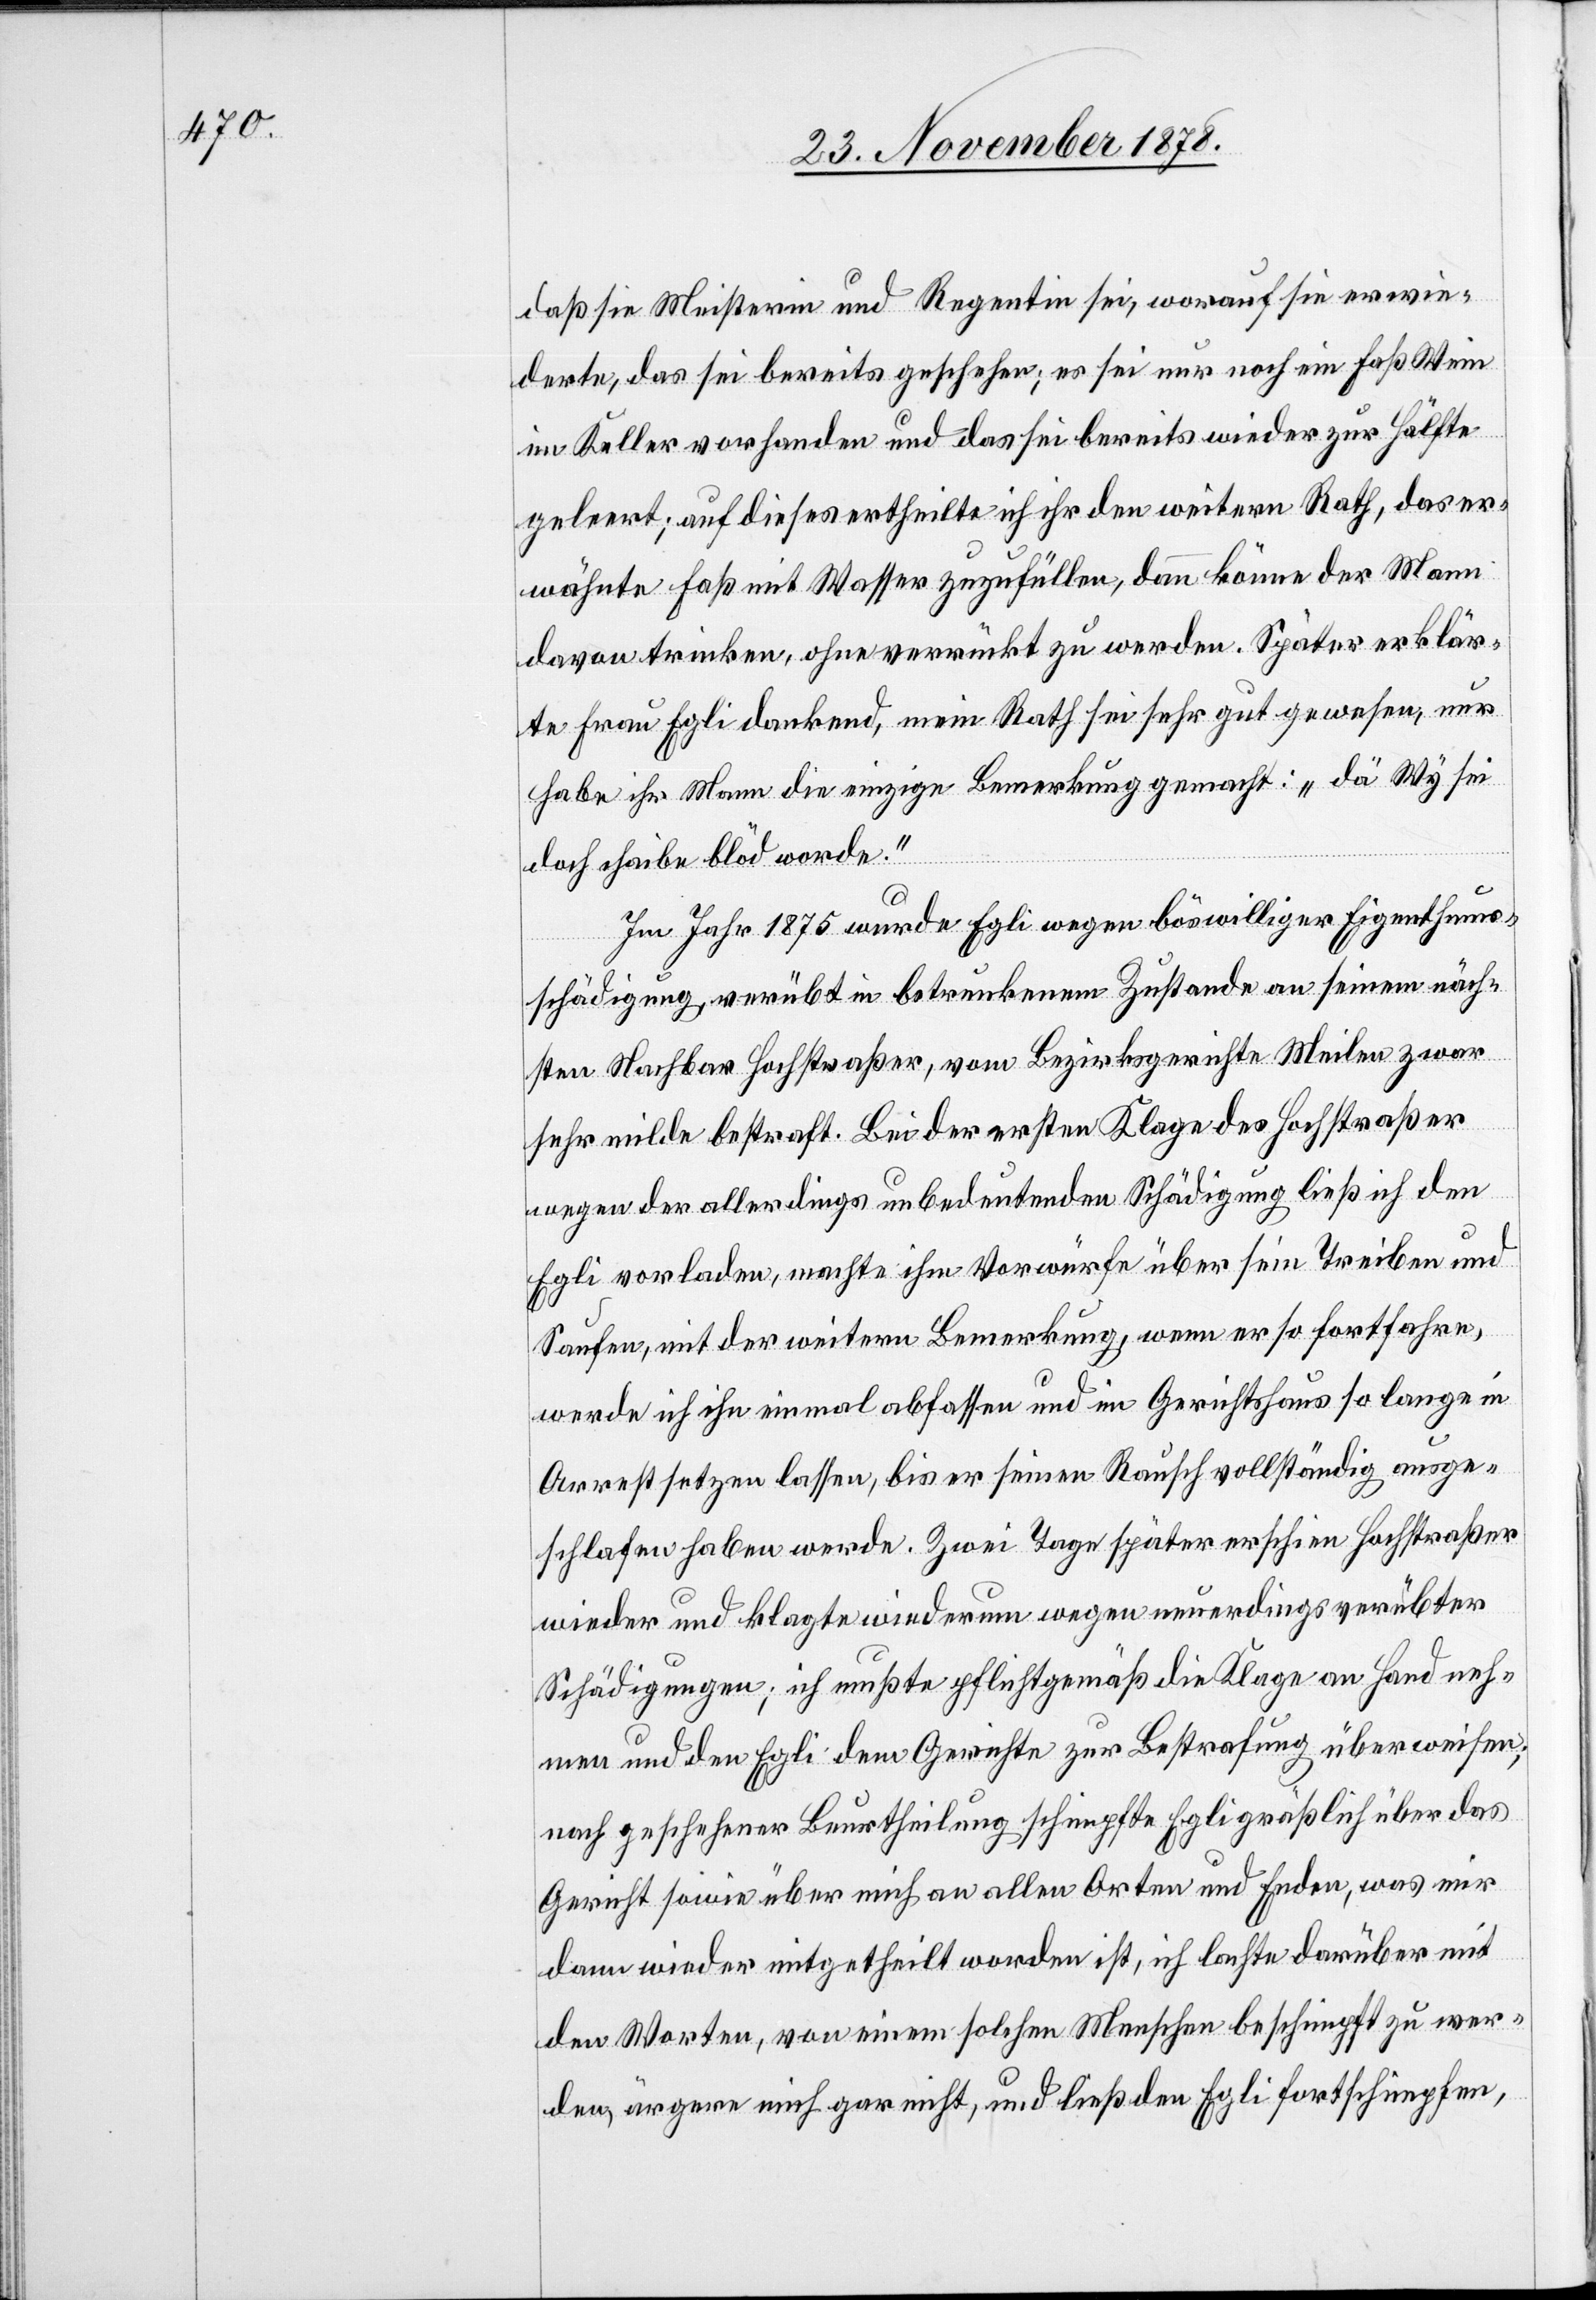
daß sie Meisterin und Regentin sei, worauf sie erwie¬
derte, das sei bereits geschehen; es sei nur noch ein Faß Wein
im Keller vorhanden und das sei bereits wieder zur Hälfte
geleert; auf dieses ertheilte ich ihr den weitern Rath, das er¬
wähnte Faß mit Wasser zuzufüllen, dann könne der Mann
davon trinken, ohne verrückt zu werden. Später erklär¬
te Frau Egli dankend, mein Rath sei sehr gut gewesen, nur
habe ihr Mann die einzige Bemerkung gemacht: „dä Wy sei
doch chaibe blöd worde.“
Im Jahr 1875 wurde Egli wegen böswilliger Eigenthums¬
schädigung, verübt in betrunkenem Zustande an seinem näch¬
sten Nachbar Hochstraßer, vom Bezirksgerichte Meilen zwar
sehr milde bestraft. Bei der ersten Klage des Hochstraßer
wegen der allerdings unbedeutenden Schädigung ließ ich den
Egli vorladen, machte ihm Vorwürfe über sein Treiben und
Saufen, mit der weitern Bemerkung, wenn er so fortfahre,
werde ich ihn einmal abfassen und im Gerichtshaus so lange in
Arrest setzen lassen, bis er seinen Rausch vollständig ausge¬
schlafen haben werde. Zwei Tage später erschien Hochstraßer
wieder und klagt wiederum wegen neuerdings verübter
Schädigungen; ich mußte pflichtgemäß die Klage an Hand neh¬
men und den Egli dem Gerichte zur Bestrafung überweisen;
nach geschehener Beurtheilung schimpfte Egli grässlich über das
Gericht sowie über mich an allen Orten und Enden, was mir
dann wieder mitgetheilt worden ist, ich lachte darüber mit
den Worten, von einem solchen Menschen beschimpft zu wer¬
den, ärgere mich gar nicht, und ließ den Egli fortschimpfen,